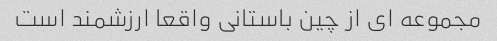
مجموعه ای از چین باستانی واقعا ارزشمند است